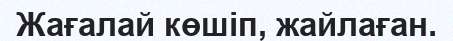
Жағалай көшіп, жайлаған.